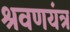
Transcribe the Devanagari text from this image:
श्रवणयंत्र